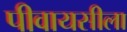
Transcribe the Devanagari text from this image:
पीवायसीला